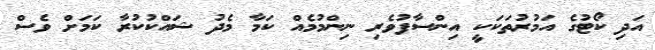
އަދި ކޯޓުގެ އަމުރުތަކަކީ އިންސާފުވެރި ނިންމުމެއް ކަމާ މެދު ޝައްކުކުރާ ކަމަށް ވެސް